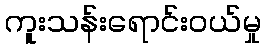
ကူးသန်းရောင်းဝယ်မှု